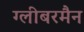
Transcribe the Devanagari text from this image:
ग्लीबरमैन